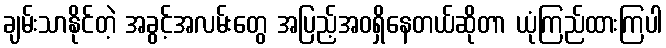
ချမ်းသာနိုင်တဲ့ အခွင့်အလမ်းတွေ အပြည့်အဝရှိနေတယ်ဆိုတာ ယုံကြည်ထားကြပါ